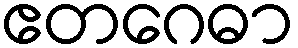
ဧတဂေဓာ